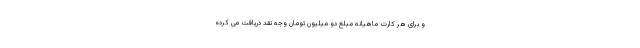
و برای هر کارت ماهیانه مبلغ دو میلیون تومان وجه نقد دریافت می کرده